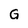
Character: G